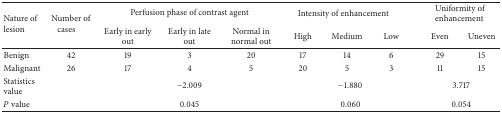
<table><thead><tr><td rowspan="2"><b>Nature of lesion</b></td><td rowspan="2"><b>Number of cases</b></td><td colspan="3"><b>Perfusion phase of contrast agent</b></td><td colspan="3"><b> Intensity of enhancement</b></td><td colspan="2"><b> Uniformity of enhancement</b></td></tr><tr><td><b>Early in early out</b></td><td><b>Early in late out</b></td><td><b>Normal in normal out</b></td><td><b>High</b></td><td><b>Medium</b></td><td><b>Low</b></td><td><b>Even</b></td><td><b>Uneven </b></td></tr></thead><tbody><tr><td>Benign</td><td>42</td><td>19</td><td>3</td><td>20</td><td>17</td><td>14</td><td>6</td><td>29</td><td>15</td></tr><tr><td>Malignant</td><td>26</td><td>17</td><td>4</td><td>5</td><td>20</td><td>5</td><td>3</td><td>11</td><td>15</td></tr><tr><td>Statistics value</td><td> </td><td colspan="3">−2.009</td><td colspan="3">−1.880</td><td colspan="2">3.717</td></tr><tr><td><i>P</i> value </td><td> </td><td colspan="3">0.045</td><td colspan="3">0.060</td><td colspan="2">0.054</td></tr></tbody></table>